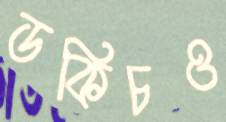
ডকিচও